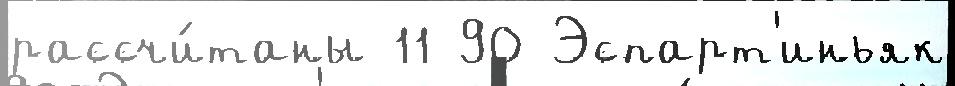
рассчи́таны 11 90 Эспарт'иньяк